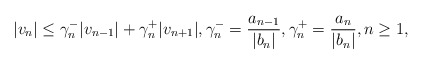
\begin{align*} |v_n| \le \gamma_n^- |v_{n-1}| + \gamma_n^+ |v_{n+1}|, \gamma_n^- = \frac{a_{n-1}}{|b_n|}, \gamma_n^+=\frac{a_n}{|b_n|}, n\ge1, \end{align*}